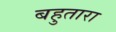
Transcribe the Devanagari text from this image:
बहुतारा